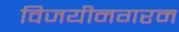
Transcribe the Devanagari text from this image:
विजयीनगरम